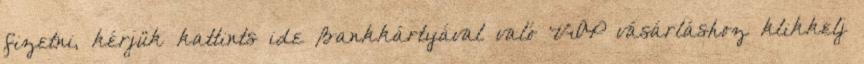
fizetni, kérjük kattints ide Bankkártyával való VIP vásárláshoz klikkelj